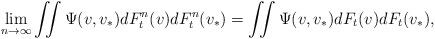
LaTeX: \begin{align*} \lim_{n\to\infty}\iint\Psi(v,v_*)dF^n_t(v)dF^n_t(v_*) =\iint\Psi(v,v_*)dF_t(v)dF_t(v_*),\end{align*}